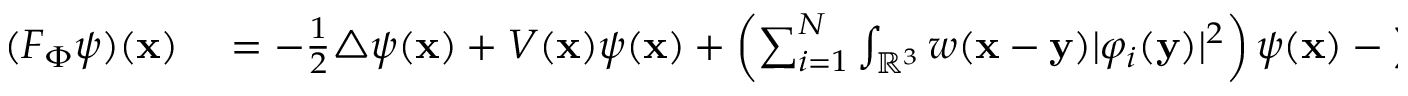
\begin{array} { r l } { ( F _ { \Phi } \psi ) ( \mathbf { x } ) } & { { } = - \frac 1 2 \triangle \psi ( \mathbf { x } ) + V ( \mathbf { x } ) \psi ( \mathbf { x } ) + \left( \sum _ { i = 1 } ^ { N } \int _ { \mathbb { R } ^ { 3 } } w ( \mathbf { x } - \mathbf { y } ) | \varphi _ { i } ( \mathbf { y } ) | ^ { 2 } \right) \psi ( \mathbf { x } ) - \sum _ { i = 1 } ^ { N } \left( \int _ { \mathbb { R } ^ { 3 } } w ( \mathbf { x } - \mathbf { y } ) \overline { { \varphi _ { i } ( \vec { y } ) } } \psi ( \mathbf { y } ) \, \mathrm { d } \vec { y } \right) \varphi _ { i } ( \mathbf { x } ) } \end{array}